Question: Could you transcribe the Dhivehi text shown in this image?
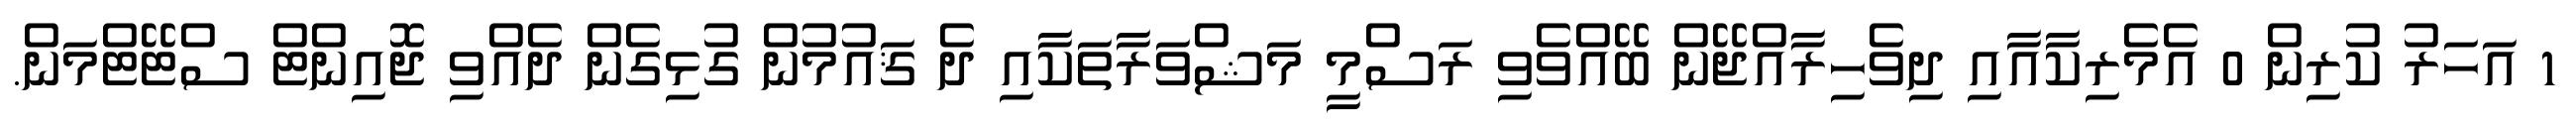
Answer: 1 އަހަރު ކުރިން 0 އެމެރިކާއާއި ދިވެހިރާއްޖޭން ބޭއްވެވި ރަސްމީ މަޝްވަރާތަކާއި ދެ ޤައުމުން ގުޅިގެން ދެއްވި ޖޮއިންޓް ސްޓޭޓްމަން.